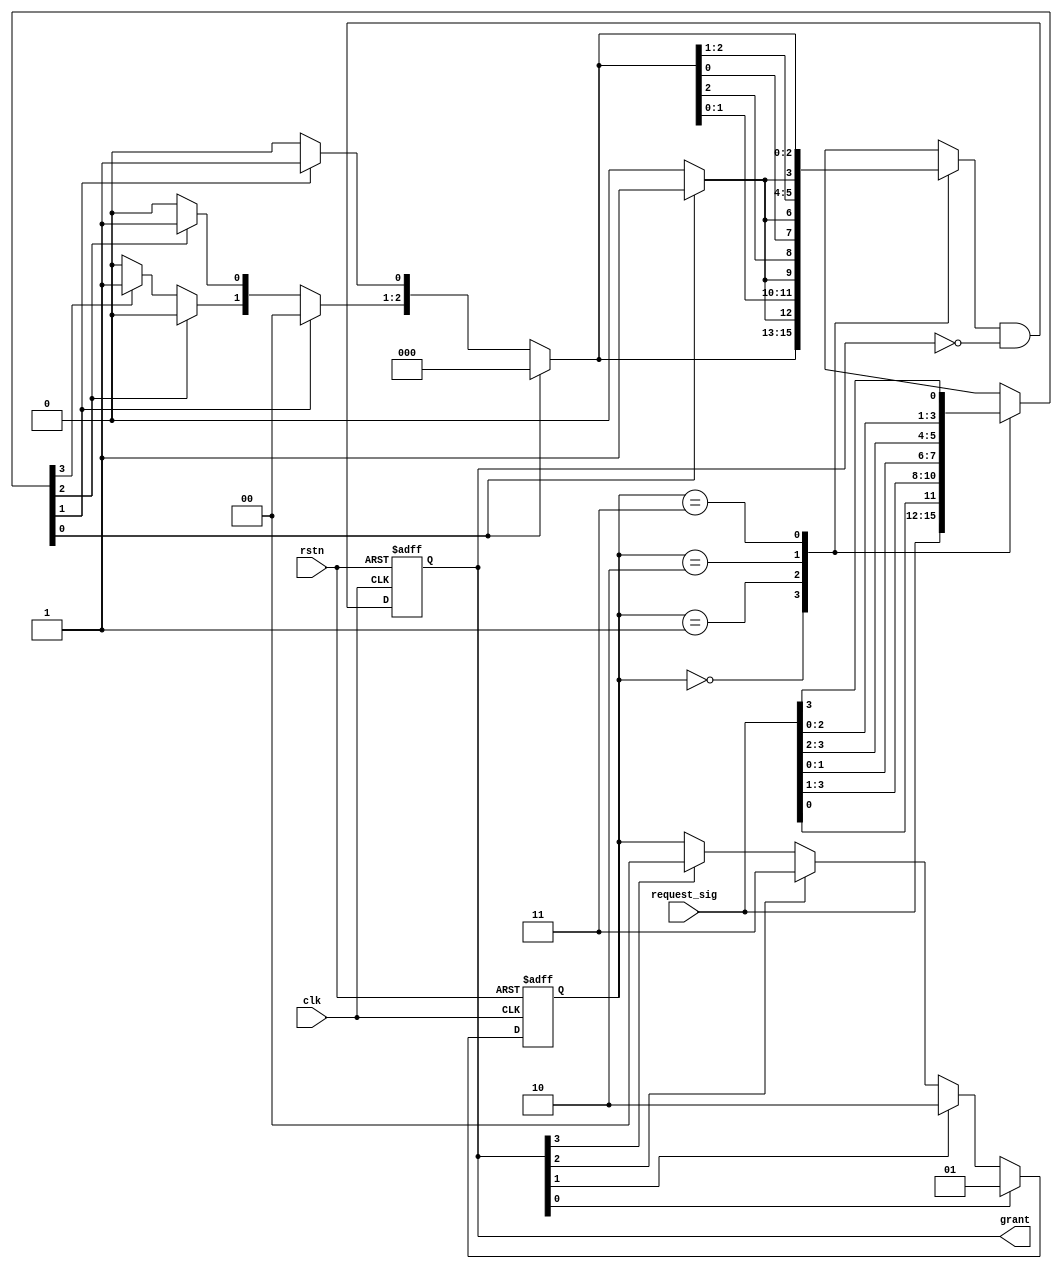
//Round-robin arbiter
module rr_arbiter (clk,rstn,request_sig,grant);

//Port declaration
input clk,rstn;
input [3:0]request_sig;
output [3:0]grant;

//Internals
reg  [1:0] rotate_ptr;
reg  [3:0] shift_request;
reg  [3:0] shift_grant;
reg  [3:0] grant_comb;
reg  [3:0] grant;

//Shift request to current priority
always @(*) 
begin
    case (rotate_ptr[1:0])
     2'b00: shift_request[3:0] = request_sig[3:0];
	 2'b01: shift_request[3:0] = {request_sig[0],request_sig[3:1]};
	 2'b10: shift_request[3:0] = {request_sig[1:0],request_sig[3:2]};
	 2'b11: shift_request[3:0] = {request_sig[2:0],request_sig[3]};
	endcase
end

//Priority arbiter
always @(*)
begin
   shift_grant[3:0] = 4'b0;
	if (shift_request[0])
	   shift_grant[0] = 1'b1;
	else if (shift_request[1])
	   shift_grant[1] = 1'b1;
    else if (shift_request[2])
	   shift_grant[2] = 1'b1;
	else if (shift_request[3])
	   shift_grant[3] = 1'b1;
end

//Grant signal
always @(*)
begin
  case (rotate_ptr[1:0])
     2'b00: grant_comb[3:0] = shift_grant[3:0];
	 2'b01: grant_comb[3:0] = {shift_grant[2:0],shift_grant[3]};
	 2'b10: grant_comb[3:0] = {shift_grant[1:0],shift_grant[3:2]};
	 2'b11: grant_comb[3:0] = {shift_grant[0],shift_grant[3:1]};
	endcase
end
//logic Implementation
always@ (posedge clk or negedge rstn)
begin
 if(!rstn)
   grant[3:0] <= 4'b0;
 else
   grant[3:0] = grant_comb[3:0] & ~grant[3:0];
end

//Updating rotate_ptr
always @ (posedge clk or negedge rstn)   
begin
 if(!rstn)
   rotate_ptr[1:0] <= 0;
 else
   case (1'b1)
     grant[0]: rotate_ptr[1:0] <= 2'b01;
	 grant[1]: rotate_ptr[1:0] <= 2'b10;
	 grant[2]: rotate_ptr[1:0] <= 2'b11;
	 grant[3]: rotate_ptr[1:0] <= 2'b00;
   endcase
end
endmodule